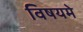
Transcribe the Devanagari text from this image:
विषयमे